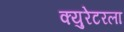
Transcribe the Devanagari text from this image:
क्युरेटरला